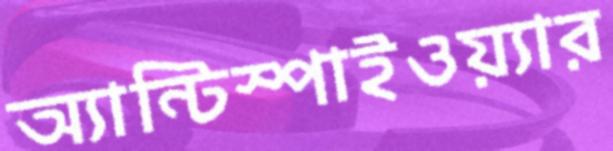
অ্যান্টিস্পাইওয়্যার